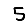
Digit: 5